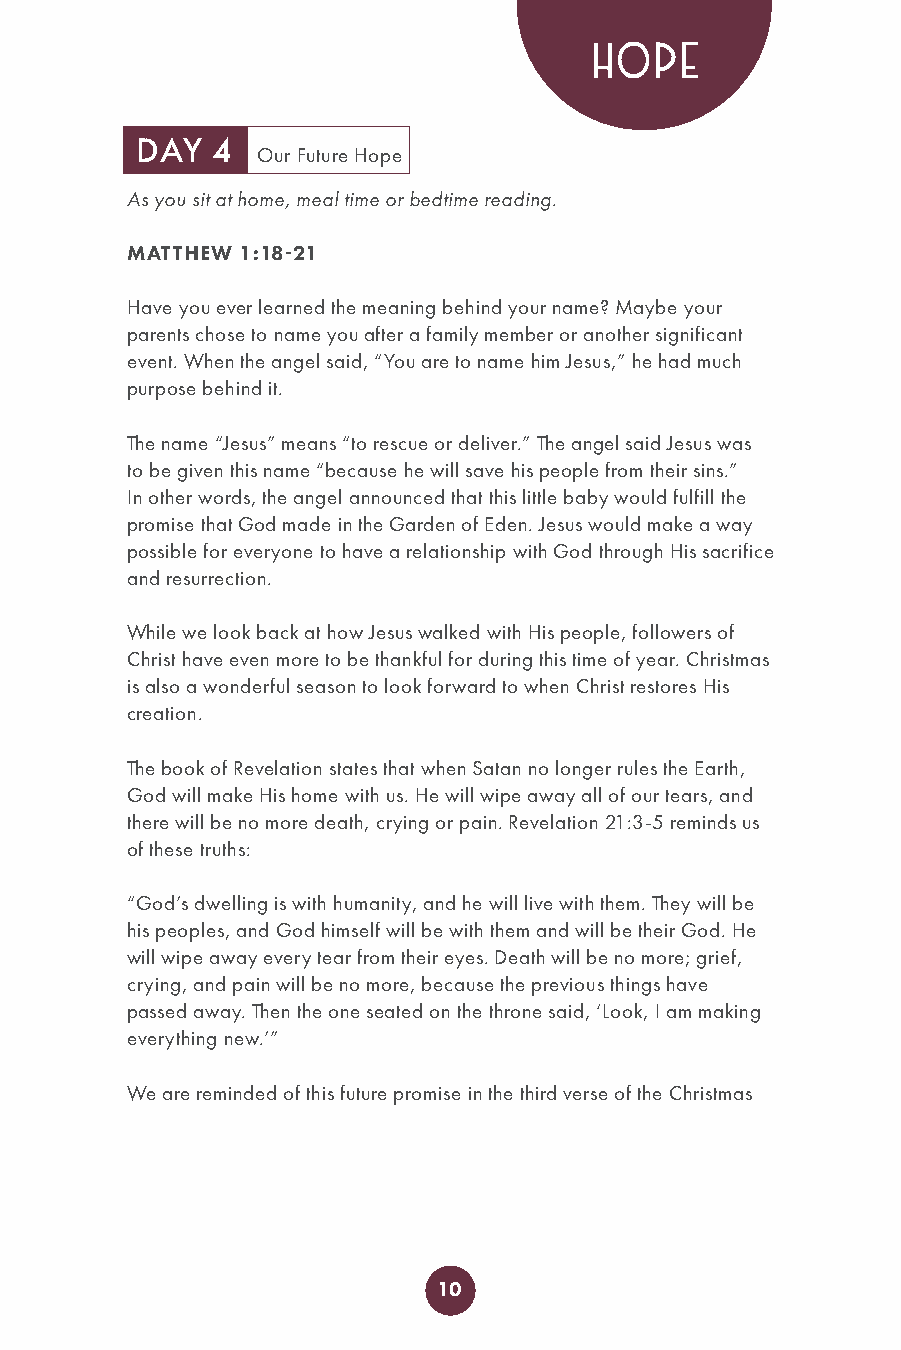
HOPE
 DAY  4
 Our Future Hope
 As you sit at home, meal time or bedtime reading.
 MATTHEW 1:18-21
 Have you ever learned the meaning behind your name? Maybe your
 parents chose to name you after a family member or another significant
 event. When the angel said, “You are to name him Jesus,” he had much
 purpose behind it.
 The name “Jesus” means “to rescue or deliver.” The angel said Jesus was
 to be given this name “because he will save his people from their sins.”
 In other words, the angel announced that this little baby would fulfill the
 promise that God made in the Garden of Eden. Jesus would make a way
 possible for everyone to have a relationship with God through His sacrifice
 and resurrection.
 While we look back at how Jesus walked with His people, followers of
 Christ have even more to be thankful for during this time of year. Christmas
 is also a wonderful season to look forward to when Christ restores His
 creation.
 The book of Revelation states that when Satan no longer rules the Earth,
 God will make His home with us. He will wipe away all of our tears, and
 there will be no more death, crying or pain. Revelation 21:3-5 reminds us
 of these truths:
 “God’s dwelling is with humanity, and he will live with them. They will be
 his peoples, and God himself will be with them and will be their God. He
 will wipe away every tear from their eyes. Death will be no more; grief,
 crying, and pain will be no more, because the previous things have
 passed away. Then the one seated on the throne said, ‘Look, I am making
 everything new.’”
 We are reminded of this future promise in the third verse of the Christmas
 10